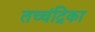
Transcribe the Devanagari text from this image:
तच्‍चंद्रिका